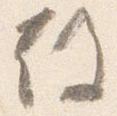
故